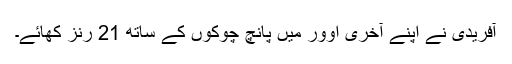
آفریدی نے اپنے آخری اوور میں پانچ چوکوں کے ساتھ 21 رنز کھائے۔